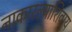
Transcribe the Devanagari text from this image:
नाकारल्याशिवाय